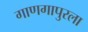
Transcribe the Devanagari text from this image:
गाणगापुरला